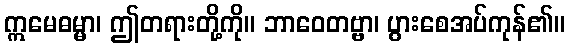
ဣမေဓမ္မာ၊ ဤတရားတို့ကို။ ဘာဝေတဗ္ဗာ၊ ပွားစေအပ်ကုန်၏။